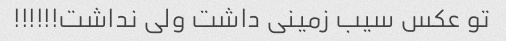
تو عکس سیب زمینی داشت ولی نداشت!!!!!!